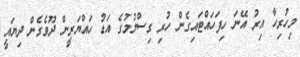
މިހުރިހާ އިރު އޭނަ ހިފަހައްޓައިގެން ހުރި ގިސްލުމުގެ އަޑު ހައްޔަރީން ދޫވެގެން ދިޔައީ